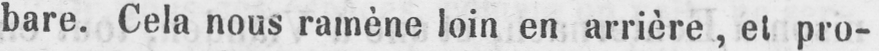
bare. Cela nous ramène loin en arrière, et pro-